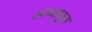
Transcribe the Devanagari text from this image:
आब्सकूरा